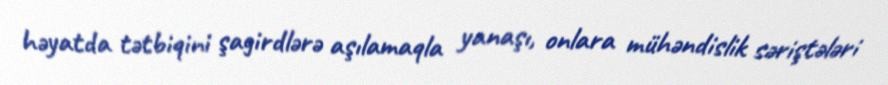
həyatda tətbiqini şagirdlərə aşılamaqla yanaşı, onlara mühəndislik səriştələri